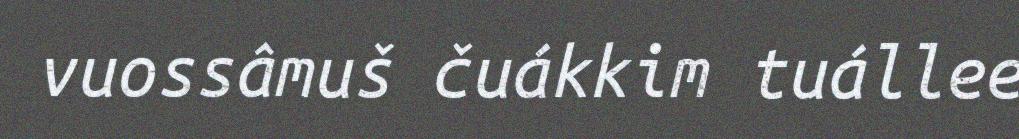
vuossâmuš čuákkim tuállee